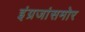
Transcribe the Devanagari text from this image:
इंग्रजांसमोर